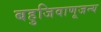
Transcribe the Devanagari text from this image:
बहुजिवाणूजन्य